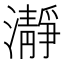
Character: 瀞